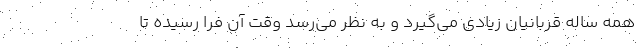
همه ساله قربانیان زیادی می‌گیرد و به نظر می‌رسد وقت آن فرا رسیده تا